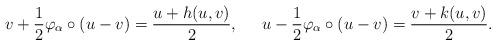
LaTeX: \begin{align*}v + \dfrac{1}{2}\varphi_\alpha\circ(u-v) &{}= \dfrac{u + h(u,v)}{2},&u - \dfrac{1}{2}\varphi_\alpha\circ (u-v) &{}= \dfrac{v + k(u,v)}{2}.\end{align*}